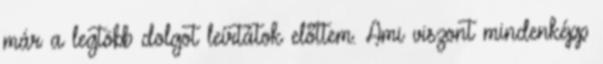
már a legtöbb dolgot leírtátok előttem. Ami viszont mindenképp